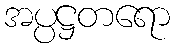
အပ္ပဋ္ဌတရော